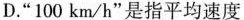
D.”100km/h”是指平均速度